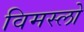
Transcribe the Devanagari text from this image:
विमस्लो